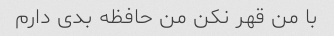
با من قهر نکن من حافظه بدی دارم